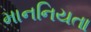
માનનિયતા